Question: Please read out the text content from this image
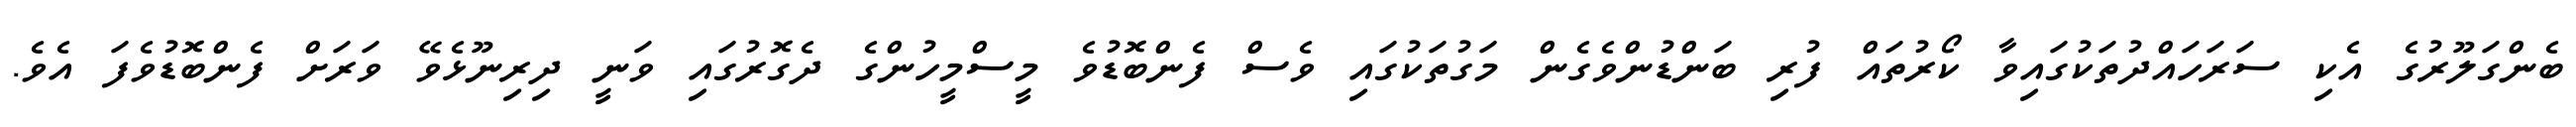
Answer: ބެންގަލޫރުގެ އެކި ސަރަހައްދުތަކުގައިވާ ކޯރުތައް ފުރި ބަންޑުންވެގެން މަގުތަކުގައި ވެސް ފެންބޮޑުވެ މީސްމީހުންގެ ދެގޮރުގައި ވަނީ ދިރިނޫޅެވޭ ވަރަށް ފެންބޮޑުވެފަ އެވެ.